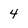
Character: 4